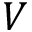
V